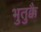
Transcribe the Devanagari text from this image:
भुतुक्कै